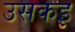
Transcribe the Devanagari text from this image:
उसकइ